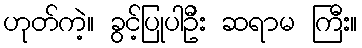
ဟုတ်ကဲ့။ ခွင့်ပြုပါဦး ဆရာမ ကြီး။